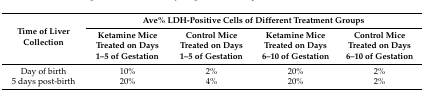
<table><thead><tr><td rowspan="2"><b>Time of Liver Collection</b></td><td colspan="4"><b>Ave% LDH-Positive Cells of Different Treatment Groups</b></td></tr><tr><td><b>Ketamine Mice Treated on Days 1–5 of Gestation</b></td><td><b>Control Mice Treated on Days 1–5 of Gestation</b></td><td><b>Ketamine Mice Treated on Days 6–10 of Gestation</b></td><td><b>Control Mice Treated on Days 6–10 of Gestation</b></td></tr></thead><tbody><tr><td>Day of birth</td><td>10%</td><td>2%</td><td>20%</td><td>2%</td></tr><tr><td>5 days post-birth</td><td>20%</td><td>4%</td><td>20%</td><td>2%</td></tr></tbody></table>